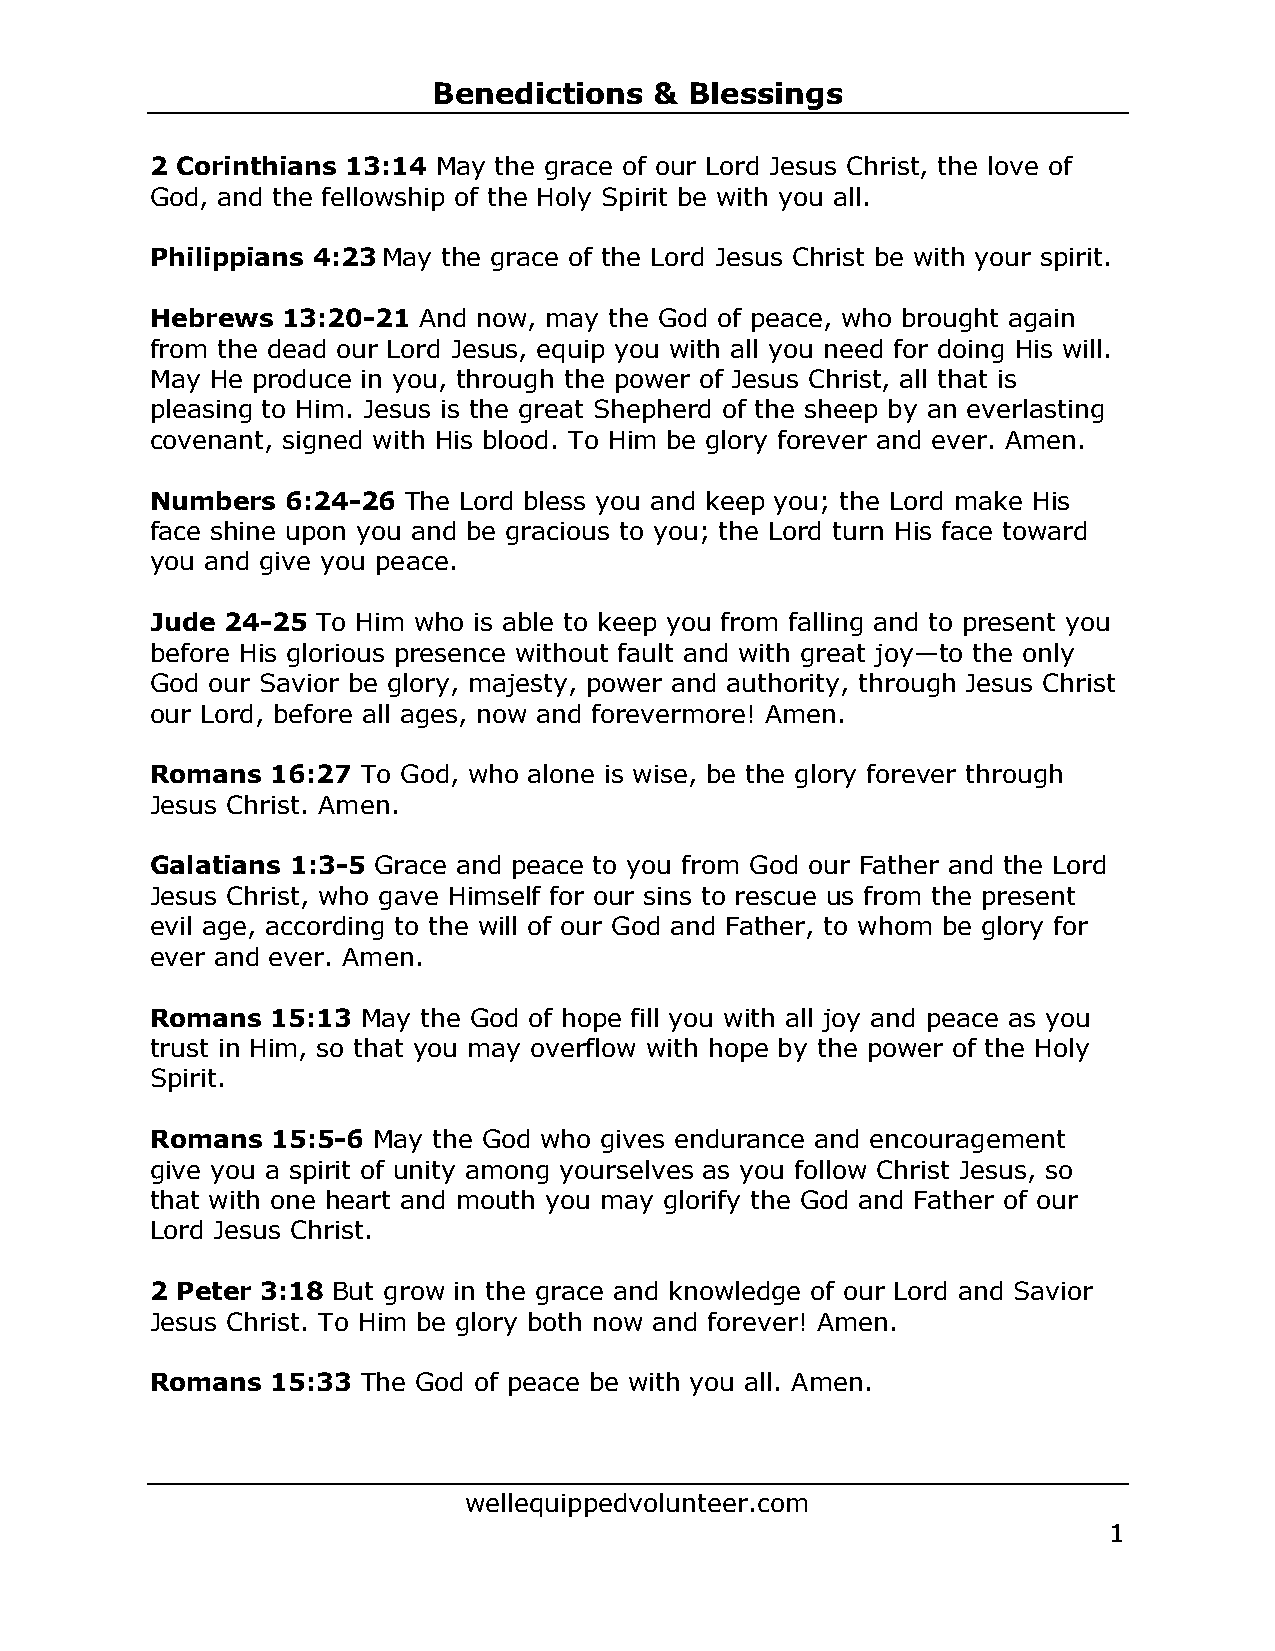
Benedictions  &  Blessings
 2 Corinthians 13:14 May the grace of our Lord Jesus Christ, the love of
 God, and the fellowship of the Holy Spirit be with you all.
 Philippians 4:23 May the grace of the Lord Jesus Christ be with your spirit.
 Hebrews  13:20-21 And now, may the God of peace, who brought again
 from the dead our Lord Jesus, equip you with all you need for doing His will.
 May He produce in you, through the power of Jesus Christ, all that is
 pleasing to Him. Jesus is the great Shepherd of the sheep by an everlasting
 covenant, signed with His blood. To Him be glory forever and ever. Amen.
 Numbers  6:24-26 The Lord bless you and keep you; the Lord make His
 face shine upon you and be gracious to you; the Lord turn His face toward
 you and give you peace.
 Jude 24-25 To Him who is able to keep you from falling and to present you
 before His glorious presence without fault and with great joy—to the only
 God our Savior be glory, majesty, power and authority, through Jesus Christ
 our Lord, before all ages, now and forevermore! Amen.
 Romans  16:27 To God, who alone is wise, be the glory forever through
 Jesus Christ. Amen.
 Galatians 1:3-5 Grace and peace to you from God our Father and the Lord
 Jesus Christ, who gave Himself for our sins to rescue us from the present
 evil age, according to the will of our God and Father, to whom be glory for
 ever and ever. Amen.
 Romans  15:13 May the God of hope fill you with all joy and peace as you
 trust in Him, so that you may overflow with hope by the power of the Holy
 Spirit.
 Romans  15:5-6 May the God who gives endurance and encouragement
 give you a spirit of unity among yourselves as you follow Christ Jesus, so
 that with one heart and mouth you may glorify the God and Father of our
 Lord Jesus Christ.
 2 Peter 3:18 But grow in the grace and knowledge of our Lord and Savior
 Jesus Christ. To Him be glory both now and forever! Amen.
 Romans  15:33 The God of peace be with you all. Amen.
 wellequippedvolunteer.com
 1